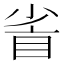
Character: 𥅷